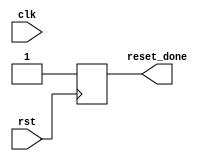
module reset_behavioral_block(
  input clk,
  input rst,
  output reg reset_done
);

always @ (negedge rst) begin
  // Reset process
  if (rst == 1'b0) begin
    // Reset variables or states here
    reset_done <= 1'b1;
  end
end

endmodule